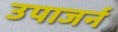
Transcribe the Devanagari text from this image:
उपाजर्न